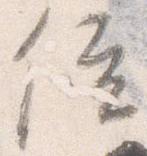
位